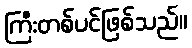
ကြီးတစ်ပင်ဖြစ်သည်။